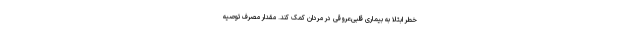
خطر ابتلا به بیماری قلبی‌عروقی در مردان کمک کند. مقدار مصرف توصیه